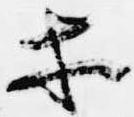
等